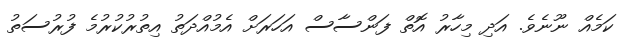
ކަމެއް ނޫނެވެ. އަދި މިހާރު އޮތް ފަންސާސް އަހަރަށް އެމުއްދަތު އިތުރުކުރުމެ ފުރުސަތު